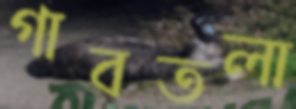
গাবতলা